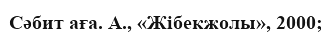
Сәбит аға. А., «Жібекжолы», 2000;